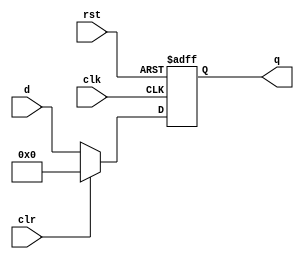
module floprc #(parameter WIDTH=8)(
    input clk,rst,clr,
    input [WIDTH-1:0] d,
    output reg [ WIDTH-1:0] q
);
    always @(posedge clk, posedge rst) begin
        if(rst) begin
            q <= 0;
        end
        else if(clr) begin
            q <= 0;
        end
        else begin
            q <= d;
        end
    end
endmodule